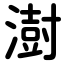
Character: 澍